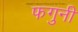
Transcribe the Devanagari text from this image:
फगुनी